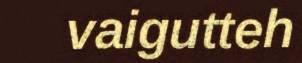
vaigutteh